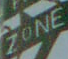
ZONE